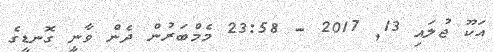
އަކޫ ޖުލައި 13